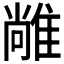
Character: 𨿰